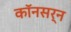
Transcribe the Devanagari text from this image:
कॉनसर्न